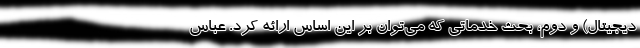
دیجیتال) و دوم، بحث خدماتی که می‌توان بر این اساس ارائه کرد. عباس